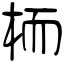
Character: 栭